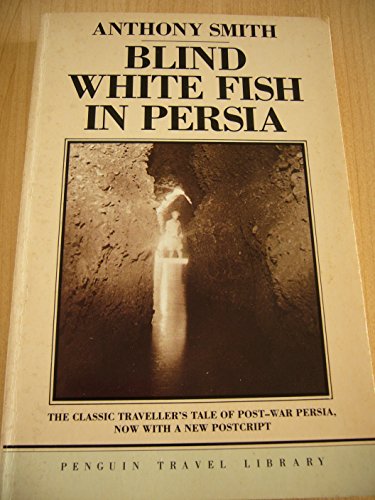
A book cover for Blind White Fish in Persia (Penguin Travel Library); Anthony Smith; Travel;